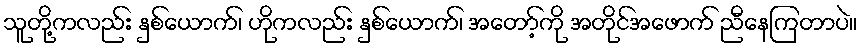
သူတို့ကလည်း နှစ်ယောက်၊ ဟိုကလည်း နှစ်ယောက်၊ အတော့်ကို အတိုင်အဖောက် ညီနေကြတာပဲ။